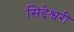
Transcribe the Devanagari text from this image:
सिद्देश्वरी